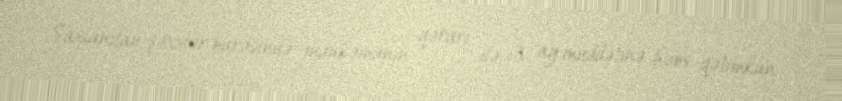
Saxlanılan şəxslər barəsində məhkəmənin qərarı ilə 3 ay müddətinə həbs qətimkan